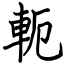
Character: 軛